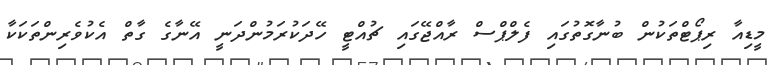
މީޑިއާ ރިޕޯޓްތަކުން ބުނާގޮތުގައި ފެލްޕްސް ރާއްޖޭގައި ޗުއްޓީ ހޭދަކުރަމުންދަނީ އޭނާގެ ގާތް އެކުވެރިންތަކަކާ